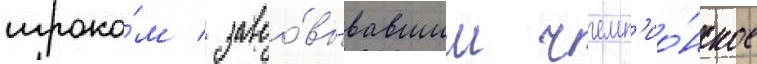
игроко́м / завоо́вывавшим чемп'ио́нское